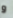
و